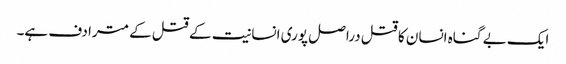
ایک بے گناہ انسان کا قتل دراصل پوری انسانیت کے قتل کے مترادف ہے۔